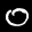
Label: 0